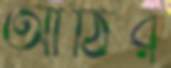
আঁঠির